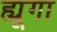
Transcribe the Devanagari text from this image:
ह्यूगा